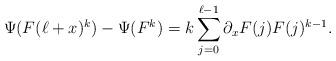
LaTeX: \begin{align*} \Psi(F(\ell+x)^k) - \Psi(F^k) = k \sum_{j=0}^{\ell-1} \partial_x F(j) F(j)^{k-1}.\end{align*}